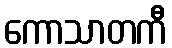
ကောသာတကီ